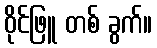
ဝိုင်ဖြူ တစ် ခွက်။